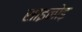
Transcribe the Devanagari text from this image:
साइनोड़